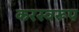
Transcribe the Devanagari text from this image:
करस्वरूप